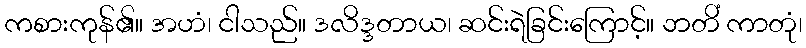
ကစားကုန်၏။ အဟံ၊ ငါသည်။ ဒလိဒ္ဒတာယ၊ ဆင်းရဲခြင်းကြောင့်။ ဘတိံ ကာတုံ၊